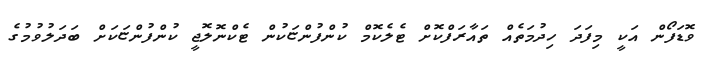
ވޮޑަފޯން އަކީ މިފަދަ ހިދުމަތެއް ތައާރަފްކޮށް ޓެލެކޮމް ކުންފުންޏަކުން ޓެކްނޮލޮޖީ ކުންފުންޏަކަށް ބަދަލުވުމުގެ